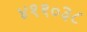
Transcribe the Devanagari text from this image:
४११०३८